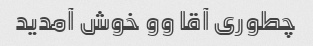
چطوری آقا وو خوش آمدید